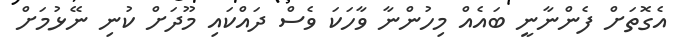
އެގޮތަށް ފެންނާނީ ބައެއް މިހުންނާ ވާހަކަ ވެސް ދައްކައި މޫދަށް ކުނި ނޭޅުމަށް